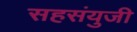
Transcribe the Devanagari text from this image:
सहसंयुजी